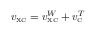
v _ { \scriptscriptstyle \mathrm { X C } } = v _ { \scriptscriptstyle \mathrm { X C } } ^ { W } + v _ { \scriptscriptstyle \mathrm { C } } ^ { T }